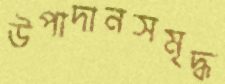
উপাদানসমৃদ্ধ